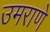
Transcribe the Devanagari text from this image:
उमराणे